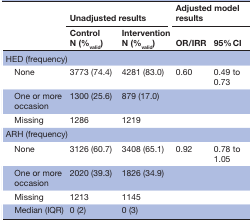
| <ROWSPAN=2>  | <COLSPAN=2> Unadjusted results | <COLSPAN=2> Adjusted model results |
 | Control N (%valid) | Intervention N (%valid) | OR/IRR | 95% CI |
 | --- | --- | --- | --- | --- |
 | <COLSPAN=5> HED (frequency) |
 | None | 3773 (74.4) | 4281 (83.0) | 0.60 | 0.49 to 0.73 |
 | One or more occasion | 1300 (25.6) | 879 (17.0) |  |  |
 | Missing | 1286 | 1219 |  |  |
 | <COLSPAN=5> ARH (frequency) |
 | None | 3126 (60.7) | 3408 (65.1) | 0.92 | 0.78 to 1.05 |
 | One or more occasion | 2020 (39.3) | 1826 (34.9) |  |  |
 | Missing | 1213 | 1145 |  |  |
 | Median (IQR) | 0 (2) | 0 (3) |  |  |